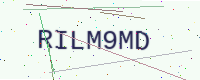
Text: RILM9MD